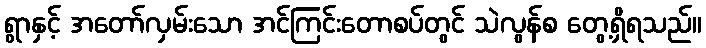
ရွာနှင့် အတော်လှမ်းသော အင်ကြင်းတောစပ်တွင် သဲလွန်စ တွေ့ရှိရသည်။